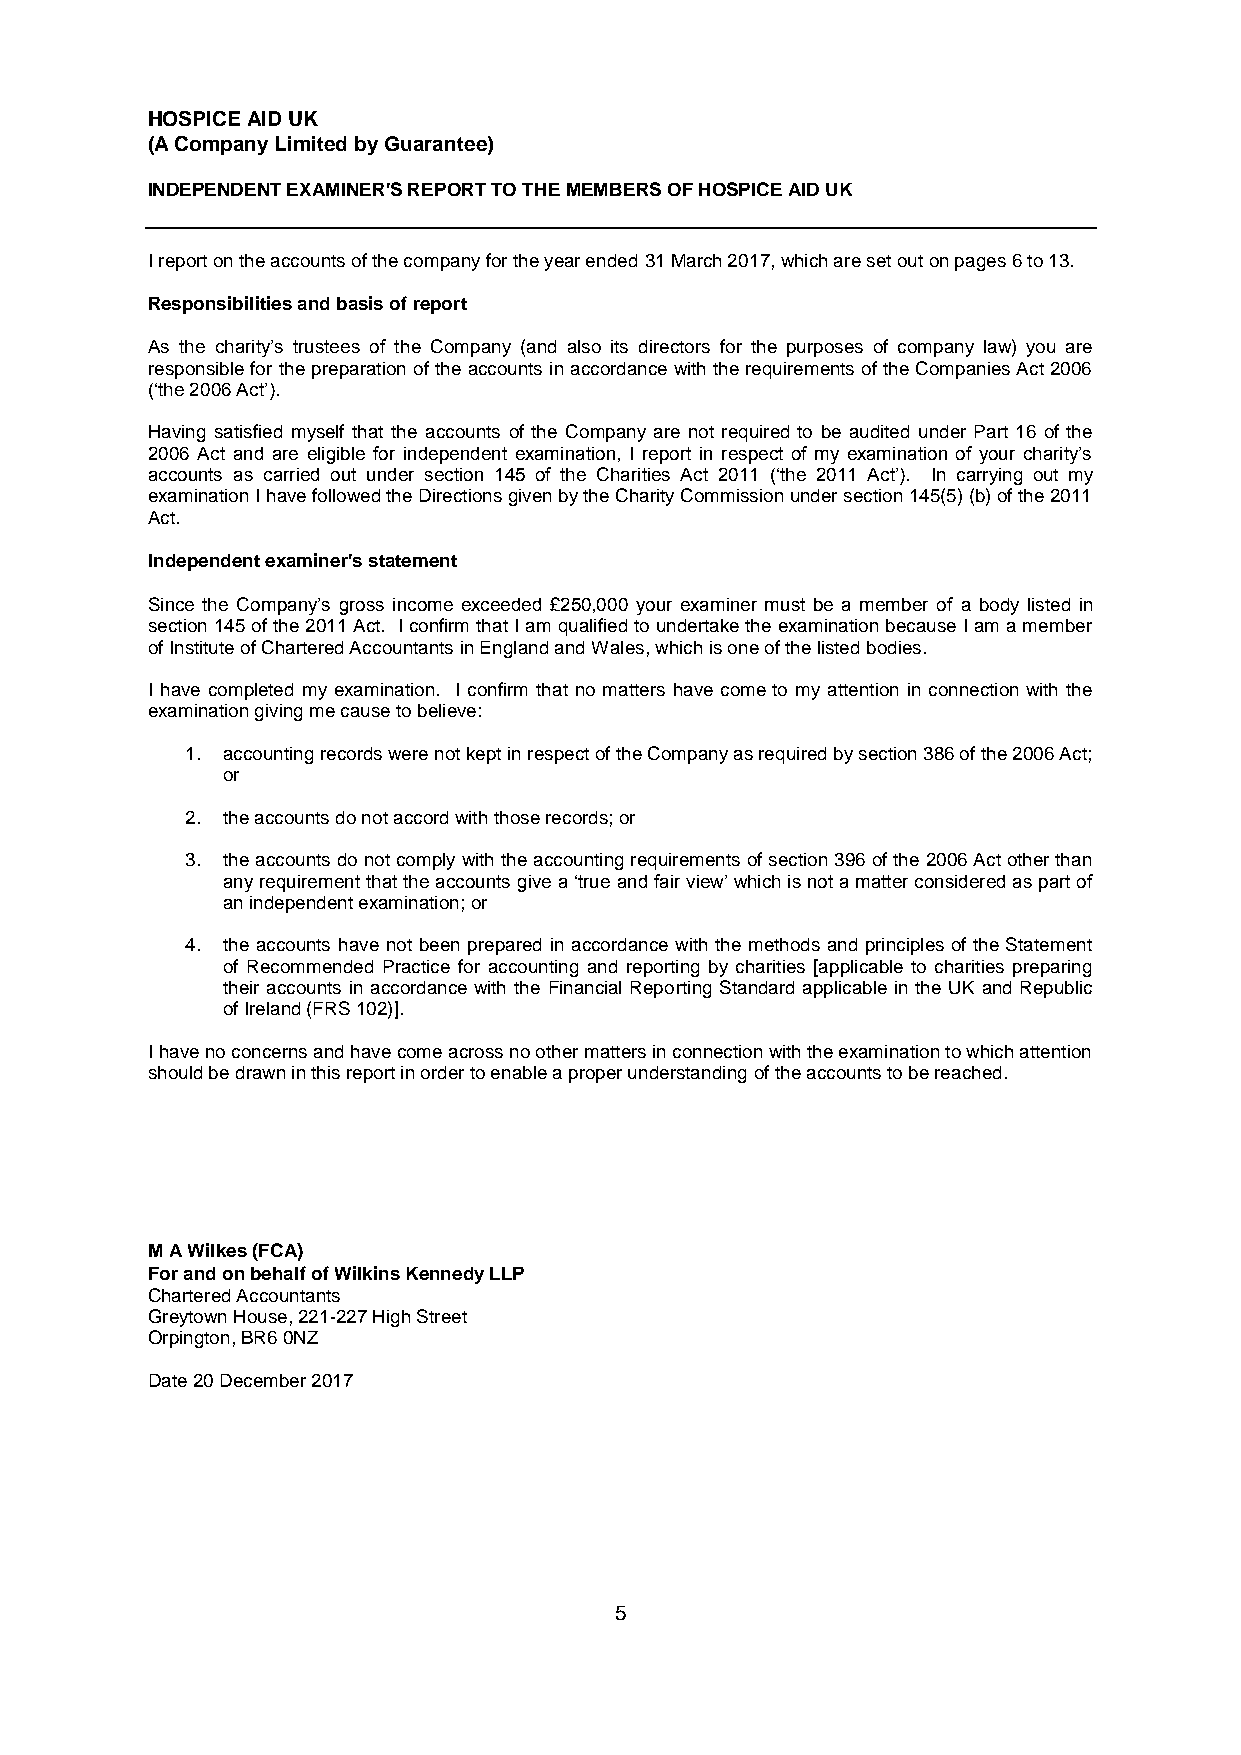
HOSPICE AID UK
 (A Company Limited by Guarantee)
 INDEPENDENT EXAMINER'S REPORT TO THE MEMBERS OF HOSPICE AID UK
 I report on the accounts of the company for the year ended 31 March 2017, which are set out on pages 6 to 13.
 Responsibilities and basis of report
 As the charity’s trustees of the Company (and also its directors for the purposes of company law) you are
 responsible for the preparation of the accounts in accordance with the requirements of the Companies Act 2006
 (‘the 2006 Act’).
 Having satisfied myself that the accounts of the Company are not required to be audited under Part 16 of the
 2006 Act and are eligible for independent examination, I report in respect of my examination of your charity’s
 accounts as carried out under section 145 of the Charities Act 2011 (‘the 2011 Act’). In carrying out my
 examination I have followed the Directions given by the Charity Commission under section 145(5) (b) of the 2011
 Act.
 Independent examiner's statement
 Since the Company’s gross income exceeded £250,000 your examiner must be a member of a body listed in
 section 145 of the 2011 Act. I confirm that I am qualified to undertake the examination because I am a member
 of Institute of Chartered Accountants in England and Wales, which is one of the listed bodies.
 I have completed my examination. I confirm that no matters have come to my attention in connection with the
 examination giving me cause to believe:
 1. accounting records were not kept in respect of the Company as required by section 386 of the 2006 Act;
 or
 2. the accounts do not accord with those records; or
 3. the accounts do not comply with the accounting requirements of section 396 of the 2006 Act other than
 any requirement that the accounts give a ‘true and fair view’ which is not a matter considered as part of
 an independent examination; or
 4. the accounts have not been prepared in accordance with the methods and principles of the Statement
 of Recommended Practice for accounting and reporting by charities [applicable to charities preparing
 their accounts in accordance with the Financial Reporting Standard applicable in the UK and Republic
 of Ireland (FRS 102)].
 I have no concerns and have come across no other matters in connection with the examination to which attention
 should be drawn in this report in order to enable a proper understanding of the accounts to be reached.
 M A Wilkes (FCA)
 For and on behalf of Wilkins Kennedy LLP
 Chartered Accountants
 Greytown House, 221-227 High Street
 Orpington, BR6 0NZ
 Date 20 December 2017
 5